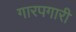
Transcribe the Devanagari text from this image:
गारपगारी